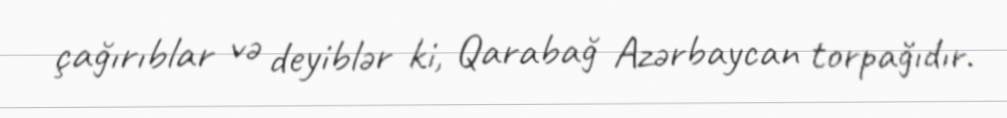
çağırıblar və deyiblər ki, Qarabağ Azərbaycan torpağıdır.